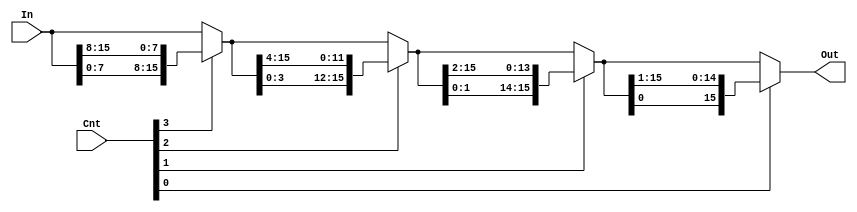
/*
    CS/ECE 552 Spring '20
    Homework #2, Problem 1
    
    A rotate right module. Rotates a given input right by
    a specified number of bits.

 */

module rotateRight(In, Cnt, Out);

    // variable declaration
    input [15:0] In;
    input [3:0] Cnt;
    output [15:0] Out;

    wire [15:0] inter1, inter2, inter3;
    assign inter1 = Cnt[3] ? {In[7:0], In[15:8]} : In;
    assign inter2 = Cnt[2] ? {inter1[3:0], inter1[15:4]} : inter1;
    assign inter3 = Cnt[1] ? {inter2[1:0], inter2[15:2]} : inter2;
    assign Out = Cnt[0] ? {inter3[0], inter3[15:1]} : inter3;

endmodule

/*
 0010 0000 0010 1000 ROR 0101
 1000 0010 0000 0010
 0100 0001 0000 0001 

*/